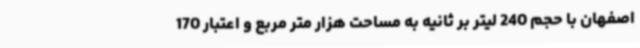
اصفهان با حجم 240 لیتر بر ثانیه به مساحت هزار متر مربع و اعتبار 170